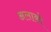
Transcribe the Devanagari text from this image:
अलाको